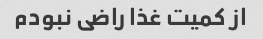
از کمیت غذا راضی نبودم